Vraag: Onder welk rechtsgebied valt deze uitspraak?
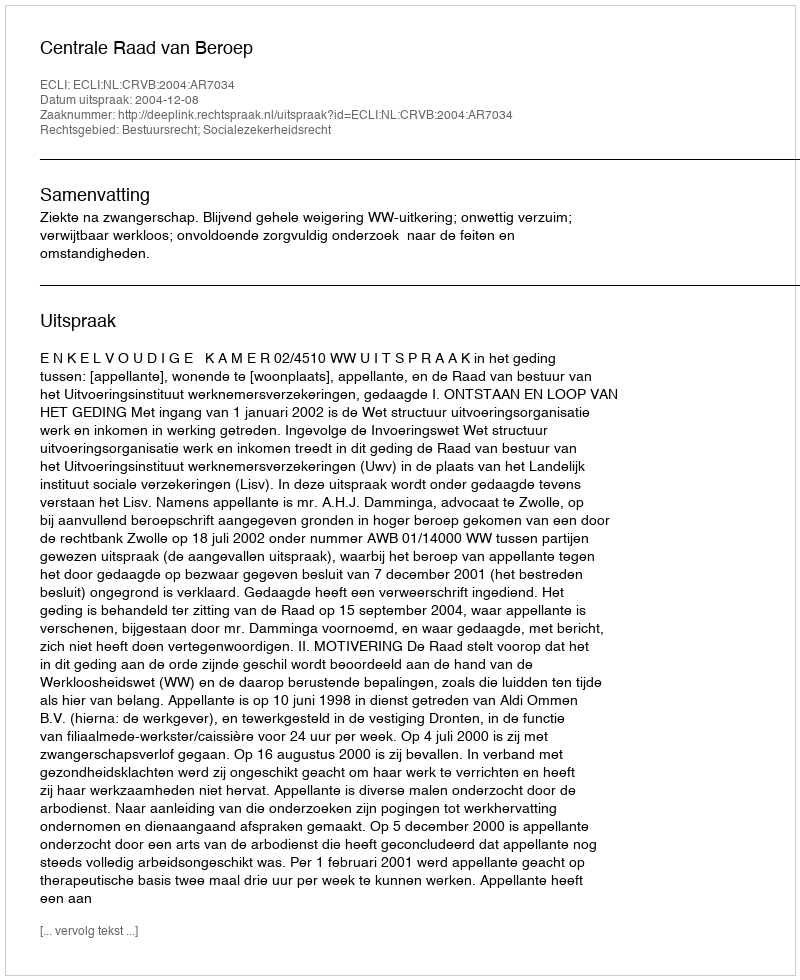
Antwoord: Bestuursrecht; Socialezekerheidsrecht